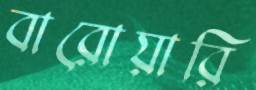
বারোয়ারি